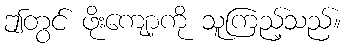
ဤတွင် ဖိုးကျော့ကို သူကြည့်သည်။